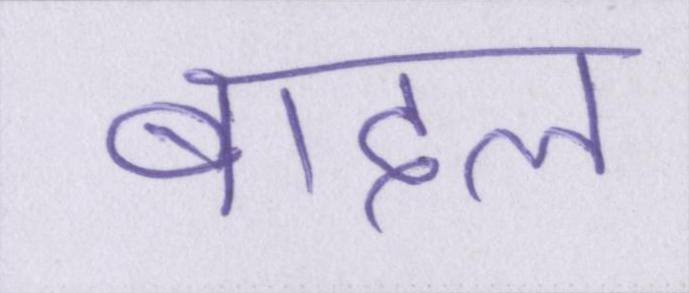
बादल